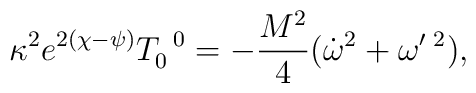
\kappa ^2e^{2(\chi -\psi )}T_0^{\;\;0}=-\frac{M^2}4(\dot \omega ^2+\omega^{\prime }{}^{\;2}),